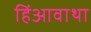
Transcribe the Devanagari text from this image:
हिंआवाथा